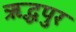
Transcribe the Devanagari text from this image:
ऋद्धपुर